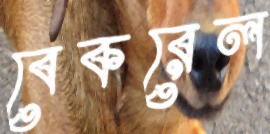
বেকরেল